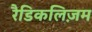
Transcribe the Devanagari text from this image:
रैडिकलिज़म